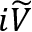
i \widetilde { V }